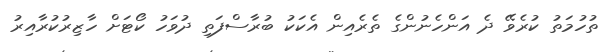
ތުހުމަތު ކުރެވޭ ދެ އަންހެނުންގެ ތެރެއިން އެކަކު ބުރާސްފަތި ދުވަހު ކޯޓަށް ހާޒިރުކުރާއިރު